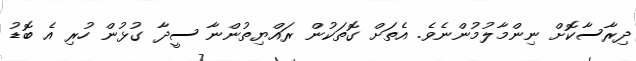
ދިރާސާކޮށް ނިންމާލުމުންނެވެ. އެތަށް ގޮތަކުން ރައްޔިތުންނާ ސީދާ ގުޅުން ހުރި އެ ބޮޑު